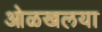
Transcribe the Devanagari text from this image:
ओळखलया